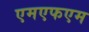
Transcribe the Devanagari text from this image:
एमएफएम